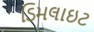
ડિમલાઇટ